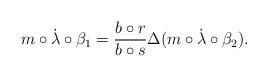
LaTeX: \begin{gather*}m\circ\dot\lambda\circ\beta_1={b\circ r\over b\circ s}\Delta(m\circ\dot\lambda\circ\beta_2).\end{gather*}